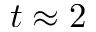
t \approx 2